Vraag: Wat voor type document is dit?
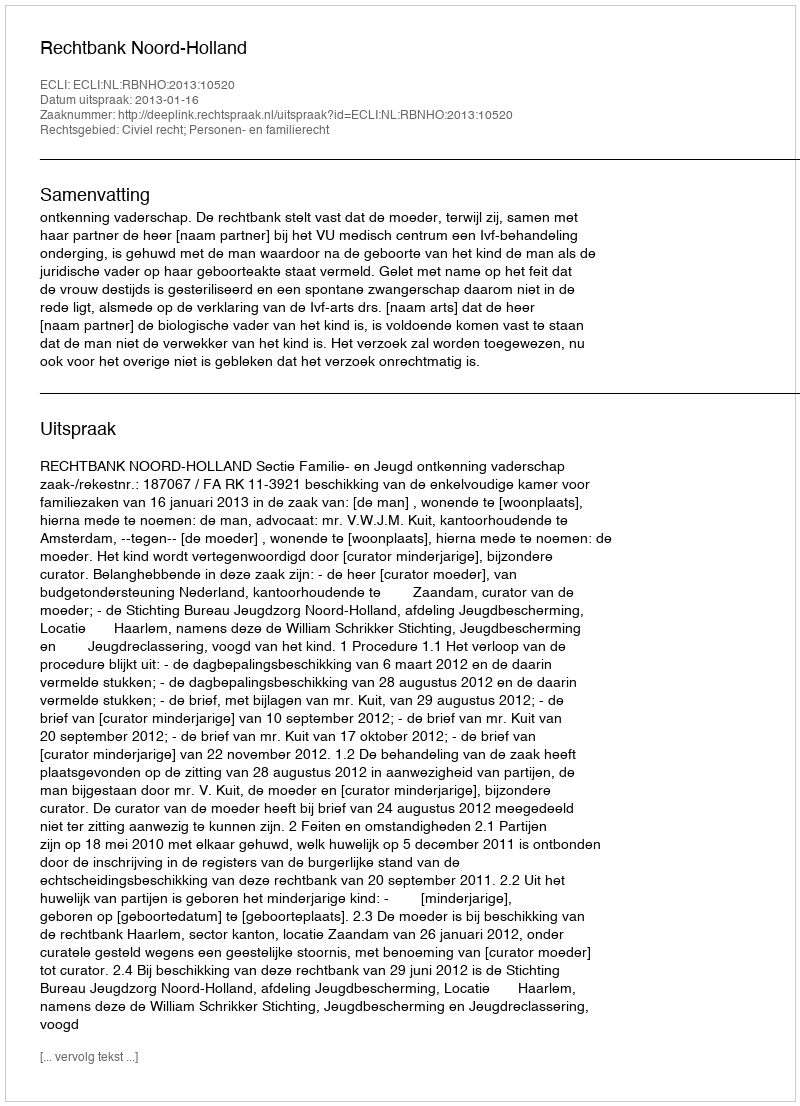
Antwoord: Uitspraak